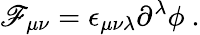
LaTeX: \mathscr{F}_{\mu\nu}=\epsilon_{\mu\nu\lambda}\partial^{\lambda}\phi~.